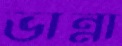
ভান্না